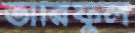
তারিফুল